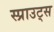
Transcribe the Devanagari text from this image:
स्प्राउट्स